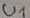
Text: U1